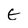
Character: E